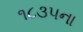
૧૮૩૫ના